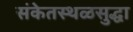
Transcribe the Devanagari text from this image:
संकेतस्थळसुद्धा